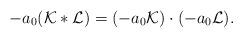
LaTeX: \begin{align*}-a_0({\cal K}*{\cal L})=(-a_0{\cal K})\cdot(-a_0{\cal L}).\end{align*}